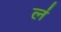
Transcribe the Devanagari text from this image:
ल॑